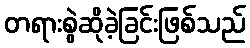
တရားစွဲဆိုခဲ့ခြင်းဖြစ်သည်